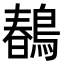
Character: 𪂹